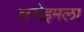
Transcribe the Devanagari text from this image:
ब्लोइमला